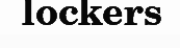
lockers